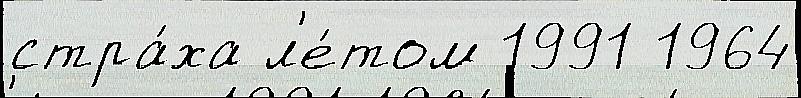
стра́ха л'е́том 1991 1964